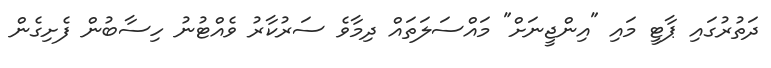
ދަތުރުގައި ޕާޓީ މައި "އިންޖީނަށް" މައްސަލަތައް ދިމާވެ ސަރުކާރު ވެއްޓުނު ހިސާބުން ފެށިގެން